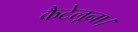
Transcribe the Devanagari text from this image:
कैटेलूना।